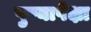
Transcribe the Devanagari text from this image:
पुण्यापेक्षा